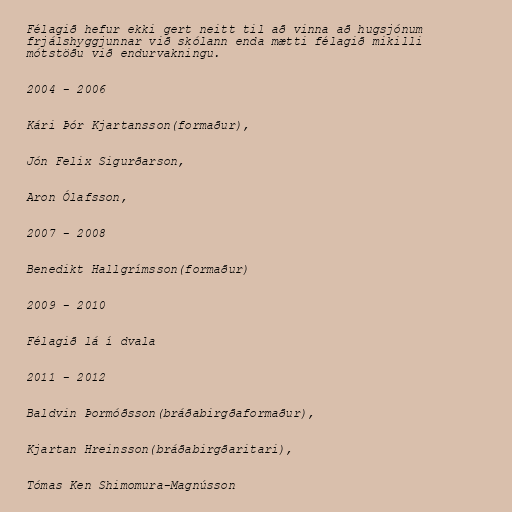
Félagið hefur ekki gert neitt til að vinna að hugsjónum
frjálshyggjunnar við skólann enda mætti félagið mikilli
mótstöðu við endurvakningu.

2004 - 2006

Kári Þór Kjartansson(formaður),

Jón Felix Sigurðarson,

Aron Ólafsson,

2007 - 2008

Benedikt Hallgrímsson(formaður)

2009 - 2010

Félagið lá í dvala

2011 - 2012

Baldvin Þormóðsson(bráðabirgðaformaður),

Kjartan Hreinsson(bráðabirgðaritari),

Tómas Ken Shimomura-Magnússon